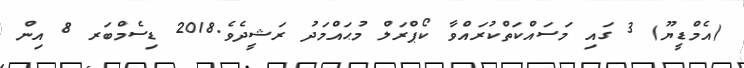
(އެމްޑީޔޫ) 3 ގައި މަސައްކަތްކުރައްވާ ކޯޕްރަލް މުޙައްމަދު ރަޝީދެވެ.2018 ޑިސެމްބަރ 8 އިން